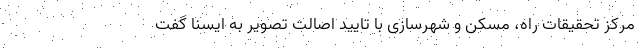
مرکز تحقیقات راه، مسکن و شهرسازی با تایید اصالت تصویر به ایسنا گفت